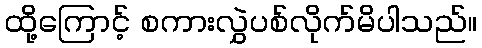
ထို့ကြောင့် စကားလွှဲပစ်လိုက်မိပါသည်။